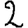
Digit: 2